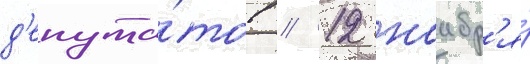
д'епута́тов // 12 ноабр'я́